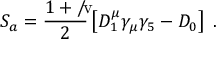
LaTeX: S _ { a } = \frac { 1 + { \rlap { v } / } } { 2 } \left[ D _ { 1 } ^ { \mu } \gamma _ { \mu } \gamma _ { 5 } - D _ { 0 } \right] \; .